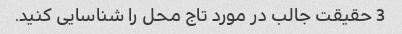
3 حقیقت جالب در مورد تاج محل را شناسایی کنید.